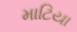
માટિયા